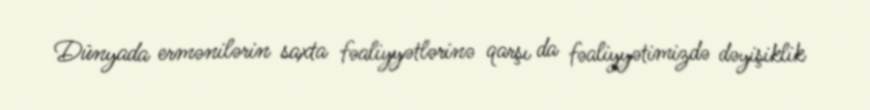
Dünyada ermənilərin saxta fəaliyyətlərinə qarşı da fəaliyyətimizdə dəyişiklik